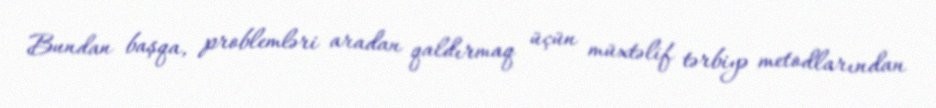
Bundan başqa, problemləri aradan qaldırmaq üçün müxtəlif tərbiyə metodlarından